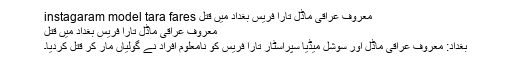
معروف عراقی ماڈل تارا فریس بغداد میں قتل instagaram model tara fares
معروف عراقی ماڈل تارا فریس بغداد میں قتل
بغداد: معروف عراقی ماڈل اور سوشل میڈیا سپراسٹار تارا فریس کو نامعلوم افراد نے گولیاں مار کر قتل کردیا۔